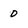
Character: 0